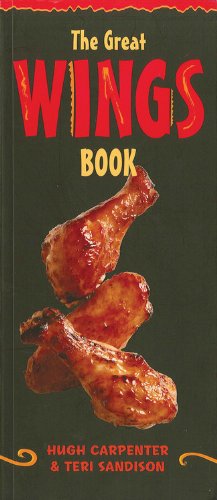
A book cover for The Great Wings Book; Hugh Carpenter; Cookbooks, Food & Wine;